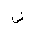
Letter: _dad